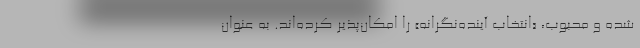
شده و محبوب، «انتخاب آینده‌نگرانه» را امکان‌پذیر کرده‌اند. به عنوان